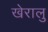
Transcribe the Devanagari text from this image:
खेरालु